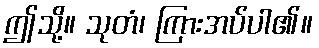
ဤသို့။ သုတံ၊ ကြားအပ်ပါ၏။